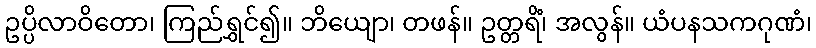
ဥပ္ပိလာဝိတော၊ ကြည်ရွှင်၍။ ဘိယျော၊ တဖန်။ ဥတ္တရိံ၊ အလွန်။ ယံပနသကဂုဏံ၊